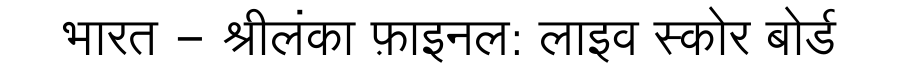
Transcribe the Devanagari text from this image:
भारत - श्रीलंका फ़ाइनल: लाइव स्कोर बोर्ड